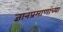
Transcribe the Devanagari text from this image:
ज्ञानप्रमाणांच्या